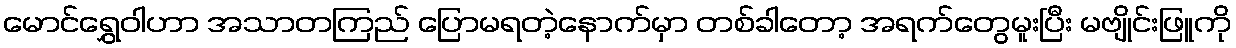
မောင်ရွှေဝါဟာ အသာတကြည် ပြောမရတဲ့နောက်မှာ တစ်ခါတော့ အရက်တွေမူးပြီး မဗျိုင်းဖြူကို